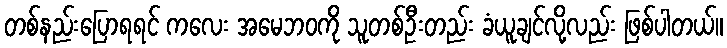
တစ်နည်းပြောရရင် ကလေး အမေဘဝကို သူတစ်ဦးတည်း ခံယူချင်လို့လည်း ဖြစ်ပါတယ်။